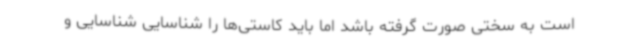
است به سختی صورت گرفته باشد اما باید کاستی‌ها را شناسایی شناسایی و